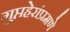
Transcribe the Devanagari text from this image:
गुप्तहेरांप्रमणे